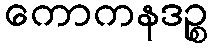
ကောကနဒဉ္စ